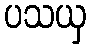
ပသယှ